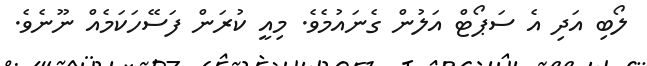
ލޯބި އަދި އެ ސަޕޯޓް އަލުން ގެނައުމެވެ. މިއީ ކުރަން ފަސޭހަކަމެއް ނޫނެވެ.